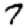
Digit: 7